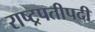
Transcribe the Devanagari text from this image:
राष्ट्रपतीपदी